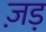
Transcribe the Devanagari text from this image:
ज़ड़